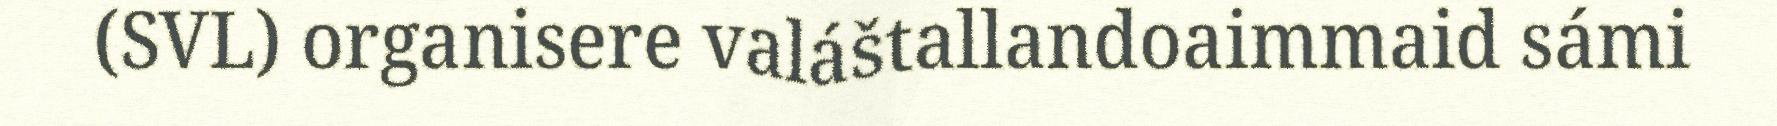
(SVL) organisere valáštallandoaimmaid sámi